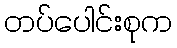
တပ်ပေါင်းစုက